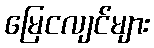
မြေငလျင်များ